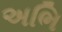
અભિ